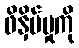
ဖိနှိပ်မှုကို